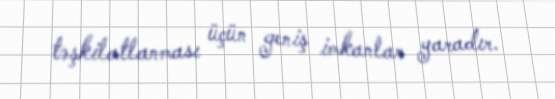
təşkilatlanması üçün geniş imkanlar yaradır.